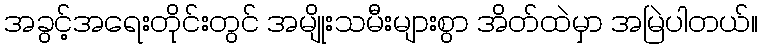
အခွင့်အရေးတိုင်းတွင် အမျိုးသမီးများစွာ အိတ်ထဲမှာ အမြဲပါတယ်။